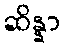
ဆိန္နာ